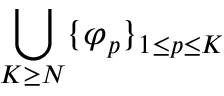
\bigcup _ { K \ge N } \{ \varphi _ { p } \} _ { 1 \le p \le K }